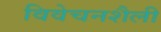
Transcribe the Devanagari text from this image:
विवेचनशैली